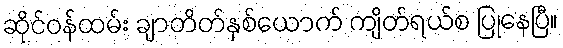
ဆိုင်ဝန်ထမ်း ချာတိတ်နှစ်ယောက် ကျိတ်ရယ်စ ပြုနေပြီ။